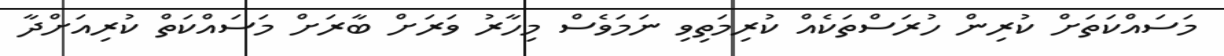
މަސައްކަތަށް ކުރިން ހުރަސްތަކެއް ކުރިމަތިވި ނަމަވެސް މިހާރު ވަރަށް ބާރަށް މަސައްކަތް ކުރިއަށްދާ